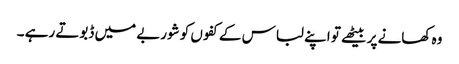
وہ کھانے پر بیٹھے تو اپنے لباس کے کفوں کو شوربے میں ڈبوتے رہے ۔